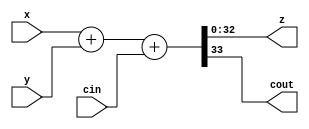
module addNbits 
# (parameter N = 32)
(
    input wire [N:0] x,
    input wire [N:0] y,
    input cin,
    output wire [N:0] z,
    output wire cout
);

wire [N+1:0] temp;

assign temp = {1'b0, x} + {1'b0, y} + cin;

assign z = temp[N:0];
assign cout = temp[N+1];

endmodule